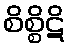
စိစ္စိဋိ